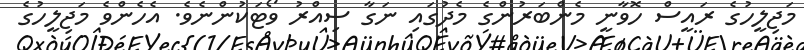
މަޖިލީހުގެ ރައީސް ހޮވާނީ މެންބަރުންގެ މެދުގައި ނަގާ ސިއްރު ވޯޓަކުންނެވެ. އެހެންވެ މަޖިލީހުގެ